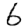
Digit: 6